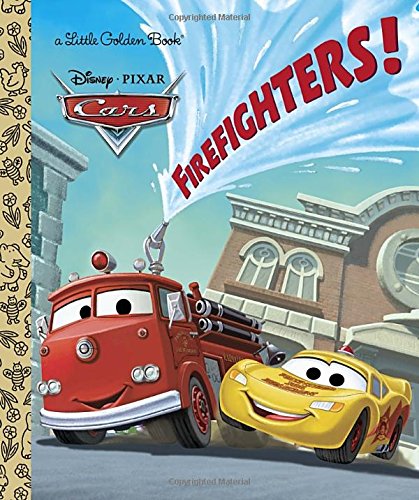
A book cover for Firefighters! (Disney/Pixar Cars) (Little Golden Book); Frank Berrios; Children's Books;